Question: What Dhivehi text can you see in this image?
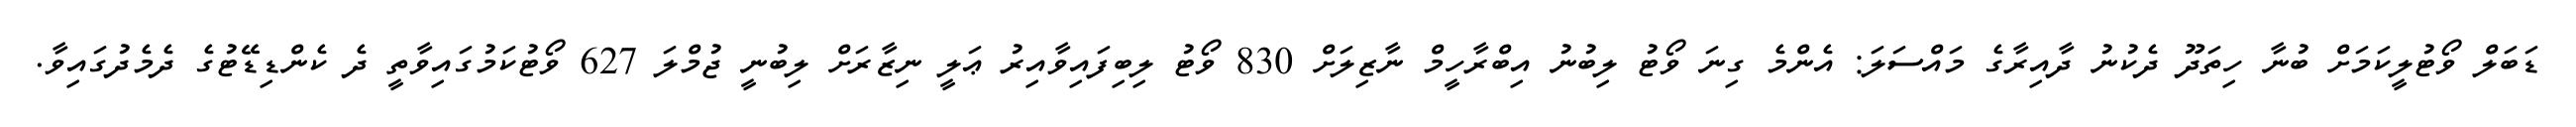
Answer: ޑަބަލް ވޯޓުލީކަމަށް ބުނާ ހިތަދޫ ދެކުނު ދާއިރާގެ މައްސަލަ: އެންމެ ގިނަ ވޯޓު ލިބުނު އިބްރާހީމް ނާޒިލަށް 830 ވޯޓު ލިބިފައިވާއިރު ޢަލީ ނިޒާރަށް ލިބުނީ ޖުމްލަ 627 ވޯޓުކަމުގައިވާތީ ދެ ކެންޑިޑޭޓުގެ ދެމެދުގައިވާ.